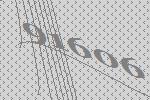
91606